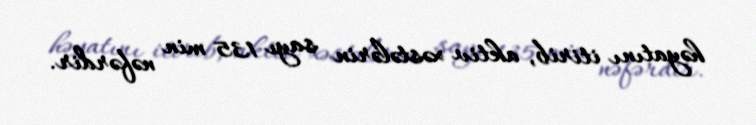
həyatını itirib, aktiv xəstələrin sayı 135 min nəfərdir.